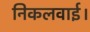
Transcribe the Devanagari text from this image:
निकलवाई।